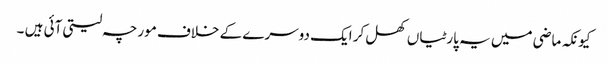
کیونکہ ماضی میں یہ پارٹیاں کھل کر ایک دوسرے کے خلاف مورچہ لیتی آئی ہیں ۔